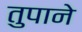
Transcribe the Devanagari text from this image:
तुपाने